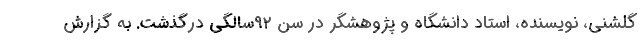
گلشنی، نویسنده، استاد دانشگاه و پژوهشگر در سن ۹۲سالگی درگذشت. به گزارش